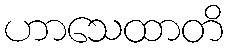
ဟာသေထာတိ